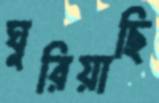
ঘুরিয়াছি